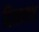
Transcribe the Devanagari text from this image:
दिननाथ